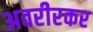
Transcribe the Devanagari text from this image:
अवरीरकर